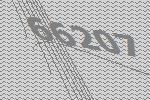
66207